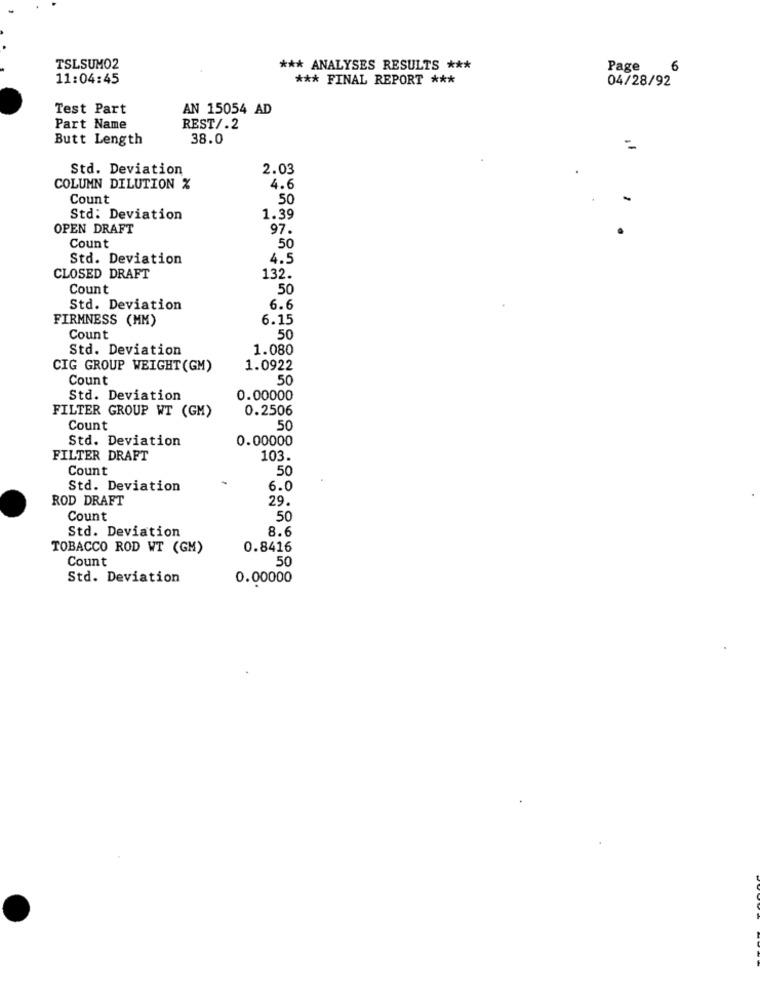
TSLSUMO2
*** ANALYSES RESULTS ***
Page
6
11:04:45
*** FINAL REPORT ***
04/28/92
Test Part
AN 15054 AD
Part Name
REST/.2
Butt Length
38.0
Std. Deviation
2.03
COLUMN DILUTION %
4.6
Count
50
Std: Deviation
1.39
OPEN DRAFT
97.
Count
50
Std. Deviation
4.5
CLOSED DRAFT
132.
Count
50
Std. Deviation
6.6
FIRMNESS (MM)
6.15
Count
50
Std. Deviation
1.080
CIG GROUP WEIGHT (GM)
1.0922
Count
50
Std. Deviation
0.00000
FILTER GROUP WT (GM)
0.2506
Count
50
Std. Deviation
0.00000
FILTER DRAFT
103.
Count
50
Std. Deviation
6.0
ROD DRAFT
29.
Count
50
Std. Deviation
8.6
TOBACCO ROD WT (GM)
0.8416
Count
50
Std. Deviation
0.00000